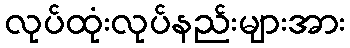
လုပ်ထုံးလုပ်နည်းများအား